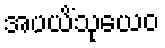
အပယိံသုယေဝ